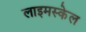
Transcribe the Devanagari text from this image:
लाइमस्केल